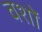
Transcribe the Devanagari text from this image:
वशों